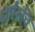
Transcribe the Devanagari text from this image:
धर्मरुचि